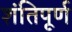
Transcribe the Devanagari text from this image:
शंतिपूर्ण